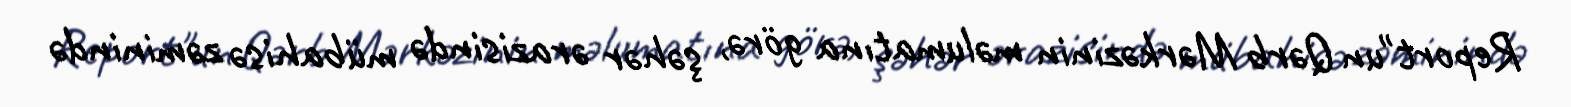
Report"un Qərb Mərkəzinin məlumatına görə, şəhər ərazisində mübahisə zəminində